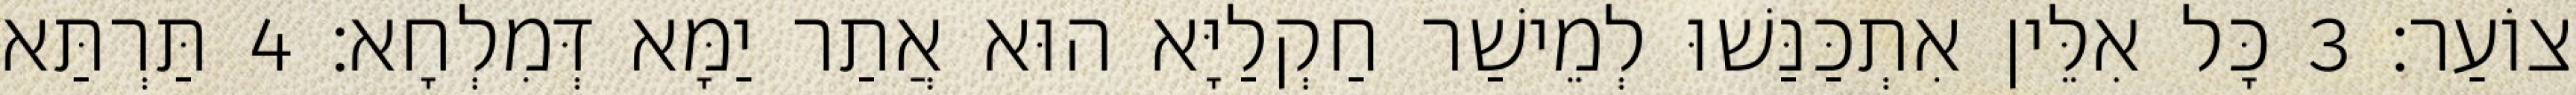
צוֹעַר׃ 3 כָּל אִלֵּין אִתְכַּנַּשׁוּ לְמֵישַׁר חַקְלַיָּא הוּא אֲתַר יַמָּא דְּמִלְחָא׃ 4 תַּרְתַּא